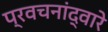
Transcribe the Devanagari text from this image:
प्रवचनांद्वारे